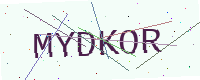
Text: MYDKOR